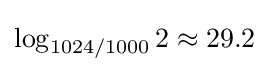
\log _{1024/1000}2\approx 29.2